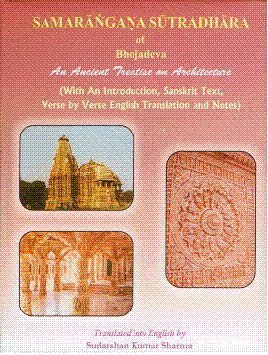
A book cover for Samarangana Sutradhara of Bhojadeva; Religion & Spirituality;